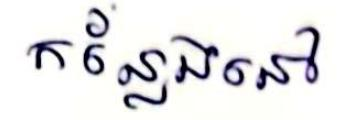
កន្លែងនៅ